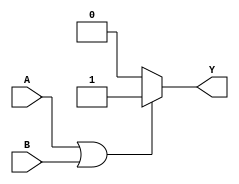
module OR_gate (
    input wire A,
    input wire B,
    output reg Y
);

always @* begin
    if (A || B)
        Y = 1;
    else
        Y = 0;
end

endmodule